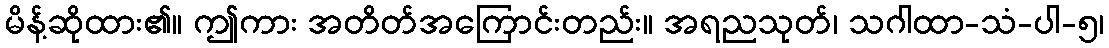
မိန့်ဆိုထား၏။ ဤကား အတိတ်အကြောင်းတည်း။ အရညသုတ်၊ သဂါထာ-သံ-ပါ-၅၊